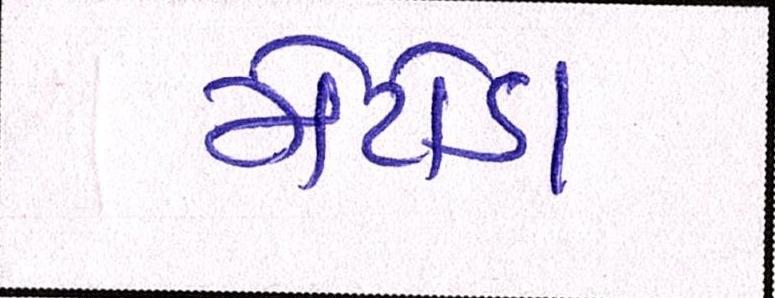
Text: મેટોડા